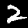
Digit: 2